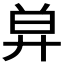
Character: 𢍋